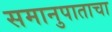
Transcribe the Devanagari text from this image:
समानुपाताचा